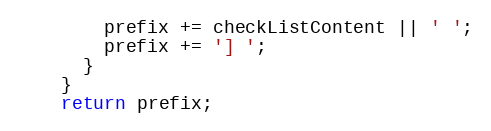
Language: JavaScript
        prefix += checkListContent || ' ';
        prefix += '] ';
      }
    }
    return prefix;